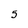
Character: 5